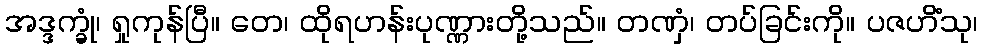
အဒ္ဒက္ခုံ၊ ရှုကုန်ပြီ။ တေ၊ ထိုရဟန်းပုဏ္ဏားတို့သည်။ တဏှံ၊ တပ်ခြင်းကို။ ပဇဟိံသု၊